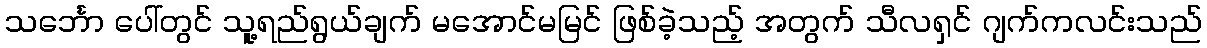
သင်္ဘော ပေါ်တွင် သူ့ရည်ရွယ်ချက် မအောင်မမြင် ဖြစ်ခဲ့သည့် အတွက် သီလရှင် ဂျက်ကလင်းသည်